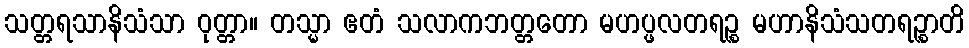
သတ္တရသာနိသံသာ ဝုတ္တာ။ တသ္မာ ဧတံ သလာကဘတ္တတော မဟပ္ဖလတရဉ္စ မဟာနိသံသတရဉ္စာတိ